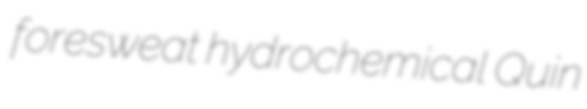
foresweat hydrochemical Quin